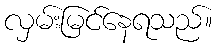
လှမ်းမြင်နေရသည်။